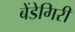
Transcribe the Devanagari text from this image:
बेंडेगिरी